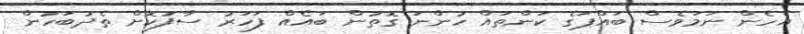
އެހެން ނަމަވެސް ބައްޕަގެ ކަންތައް ހުންނަ ގޮތުން ބައެއް ފަހަރު ސާފުކޮށް ތެދުބަހުން